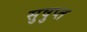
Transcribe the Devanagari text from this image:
सुषुप्‍त